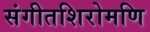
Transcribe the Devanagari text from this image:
संगीतशिरोमणि